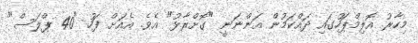
މިހާރު އޮލިމްޕަހުގައި ދައްކަމުން އަންނަނީ "ގޮށްރާޅު" އެވެ. އެއަށް ފަހު "40 ޕްލަސް"